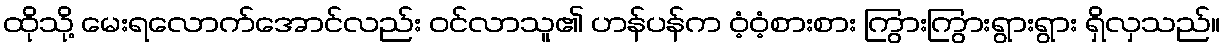
ထိုသို့ မေးရလောက်အောင်လည်း ဝင်လာသူ၏ ဟန်ပန်က ဝံ့ဝံ့စားစား ကြွားကြွားရွားရွား ရှိလှသည်။